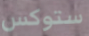
ستوكس